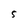
Character: 5